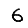
Digit: 6